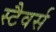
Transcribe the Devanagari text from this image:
स्टैवर्स